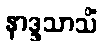
နာဒ္ဒသာသိံ